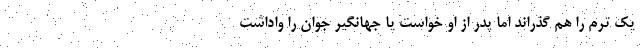
یک ترم را هم گذراند اما پدر از او خواست یا جهانگیر جوان را واداشت